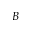
B